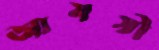
আমসী